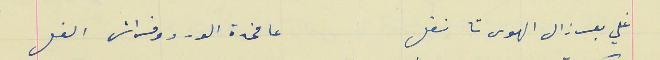
غلي بعرزال الهوى تا نفل                                           عا مخدة الورد وفراش الفل